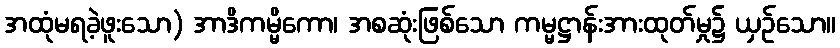
အထုံမရခဲ့ဖူးသော) အာဒိကမ္မိကော၊ အစဆုံးဖြစ်သော ကမ္မဋ္ဌာန်းအားထုတ်မှု၌ ယှဉ်သော။